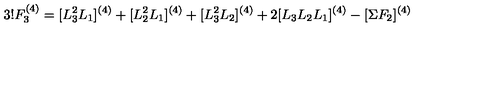
3 ! F _ { 3 } ^ { ( 4 ) } = [ L _ { 3 } ^ { 2 } L _ { 1 } ] ^ { ( 4 ) } + [ L _ { 2 } ^ { 2 } L _ { 1 } ] ^ { ( 4 ) } + [ L _ { 3 } ^ { 2 } L _ { 2 } ] ^ { ( 4 ) } + 2 [ L _ { 3 } L _ { 2 } L _ { 1 } ] ^ { ( 4 ) } - [ \Sigma F _ { 2 } ] ^ { ( 4 ) }